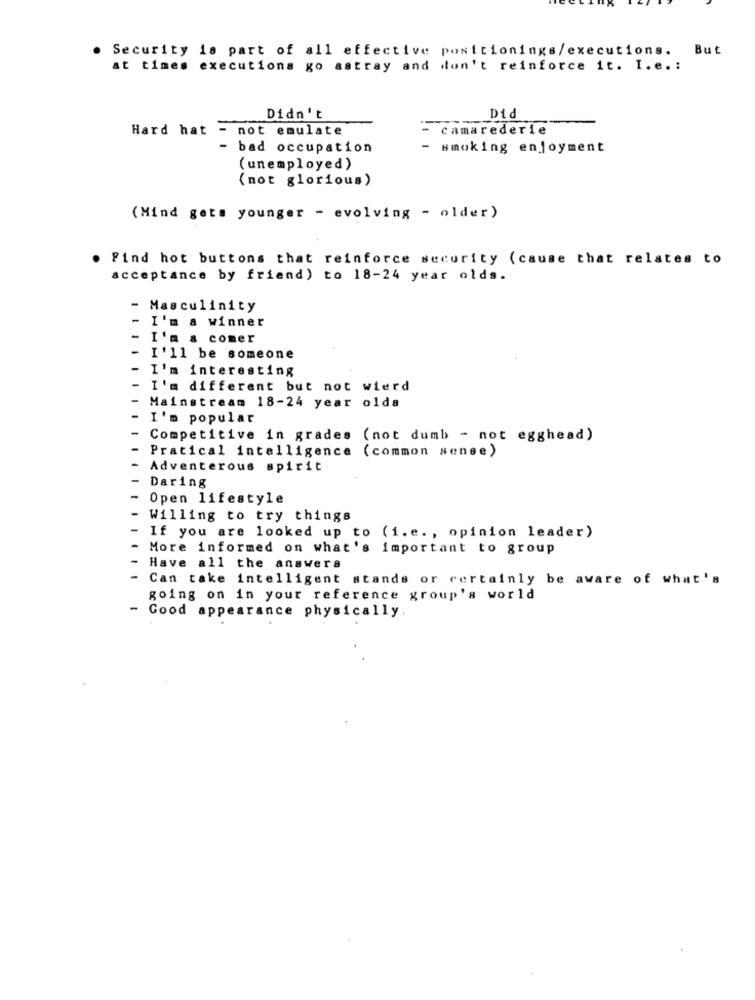
Security is part of all effective positionings/executions. But
at times executions go astray and don't reinforce it. I.e .:
Didn't
Did
Hard hat
- not emulate
camarederie
bad occupation
smoking enjoyment
(unemployed)
(not glorious)
(Mind gets younger - evolving - older)
Find hot buttons that reinforce security (cause that relates to
acceptance by friend) to 18-24 year olds.
- Masculinity
-
I'm a winner
I'm a comer
I '11 be someone
I'm interesting
I'm different but not wierd
Mainstream 18-24 year olds
I'm popular
-
Competitive in grades (not dumb - not egghead)
Pratical intelligence (common sense)
Adventerous spirit
Daring
Open lifestyle
Willing to try things
If you are looked up to (i.e. , opinion leader)
More informed on what's important to group
Have all the answers
Can take intelligent stands or certainly be aware of what's
going on in your reference group's world
-
Good appearance physically